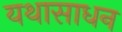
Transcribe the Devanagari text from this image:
यथासाधन